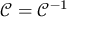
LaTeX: { \mathcal { C } } = { \mathcal { C } } ^ { - 1 }